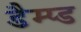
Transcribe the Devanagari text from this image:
डैम्प्ड